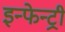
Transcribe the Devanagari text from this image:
इन्फेन्ट्री